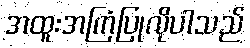
အထူးအကြံပြုလိုပါသည်